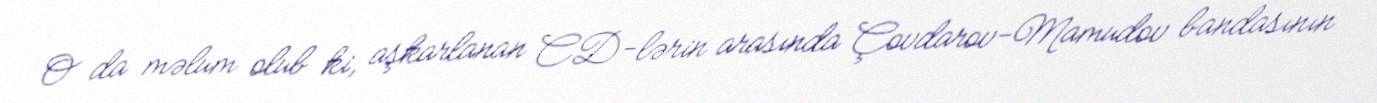
O da məlum olub ki, aşkarlanan CD-lərin arasında Çovdarov-Mamudov bandasının